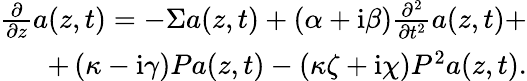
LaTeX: \begin{array}{r}{\frac{\partial}{\partial z}a\! \left(z,t\right)=-\Sigma a\! \left(z,t\right)+\left(\alpha+\mathrm{i}\beta\right)\frac{\partial^{2}}{\partial t^{2}}a\! \left(z,t\right)+}\\ {+\left(\kappa-\mathrm{i}\gamma\right)Pa\! \left(z,t\right)-\left(\kappa\zeta+\mathrm{i}\chi\right)P^{2}a\! \left(z,t\right).}\end{array}